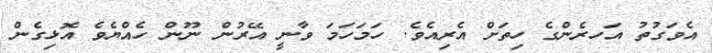
އެވަގުތު އަހރެންގެ ހިތަށް އެރިއެވެ. ހަމަހަމަ ވާނީ އޭރުން ނޫން ހެއްޔެވެ އޮޅިގެން